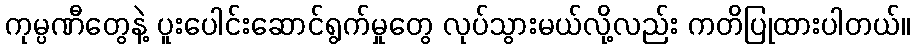
ကုမ္ပဏီတွေနဲ့ ပူးပေါင်းဆောင်ရွက်မှုတွေ လုပ်သွားမယ်လို့လည်း ကတိပြုထားပါတယ်။